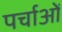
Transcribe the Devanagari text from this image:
पर्चाओं